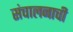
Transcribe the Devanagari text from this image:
संचालनाची